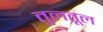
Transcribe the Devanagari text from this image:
तुलतूल